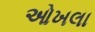
ઓખલા